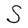
Character: S